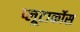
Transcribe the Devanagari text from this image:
प्लूटार्कोस